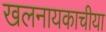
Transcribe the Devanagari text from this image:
खलनायकाचीया